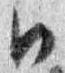
日